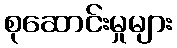
စုဆောင်းမှုများ